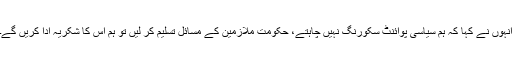
انہوں نے کہا کہ ہم سیاسی پوائنٹ سکورنگ نہیں چاہتے، حکومت ملازمین کے مسائل تسلیم کر لیں تو ہم اس کا شکریہ ادا کریں گے۔